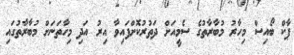
ޕާކް ބޯއިސް މިހާރު މުބާރާތުގެ ސެމީއަށް ދަތުރުކޮށްފައިވާ އިރު އަދި މިހާތަނަށް މުބާރާތުގައި